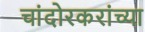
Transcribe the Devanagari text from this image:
चांदोरकरांच्या